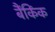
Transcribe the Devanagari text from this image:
बैंकिंक